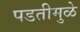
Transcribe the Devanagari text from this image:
पडतीमुळे